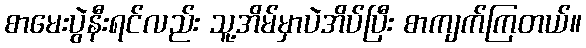
စာမေးပွဲနီးရင်လည်း သူ့အိမ်မှာပဲအိပ်ပြီး စာကျက်ကြတယ်။